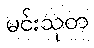
မင်းသုတ